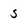
Character: 5